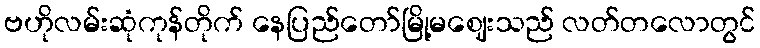
ဗဟိုလမ်းဆုံကုန်တိုက် နေပြည်တော်မြို့မဈေးသည် လတ်တလောတွင်